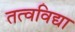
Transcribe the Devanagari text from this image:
तत्वविद्या